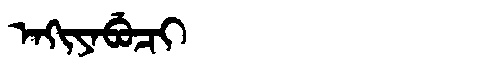
Manchu: ᠠᡴᡳᠶᠠᠪᡠᠴᡳ
Romanization: AKIYABUCI